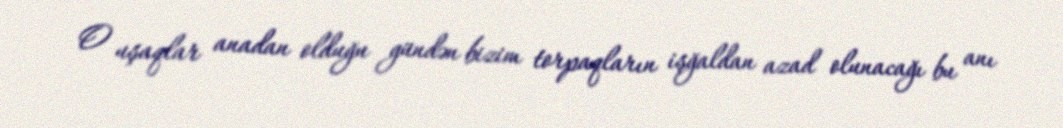
O uşaqlar anadan olduğu gündən bizim torpaqların işğaldan azad olunacağı bu anı